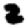
Digit: 2